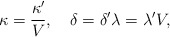
\begin{align*}\kappa=\frac{\kappa'}{V},\quad\delta=\delta'\lambda=\lambda'V,\end{align*}